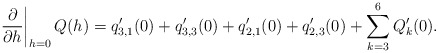
\begin{align*}\left.\frac{\partial}{\partial h}\right|_{h=0}Q(h)= q_{3,1}'(0)+q_{3,3}'(0)+q_{2,1}'(0)+q_{2,3}'(0)+\sum\limits_{k=3}^6Q_k'(0).\end{align*}